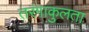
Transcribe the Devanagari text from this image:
तरंगाकुलता